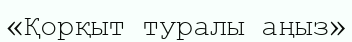
«Қорқыт туралы аңыз»